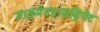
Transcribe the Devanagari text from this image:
डाइमेनहाइड्रिनेट